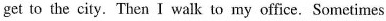
get to the city.Then I walk to my office.Sometimes